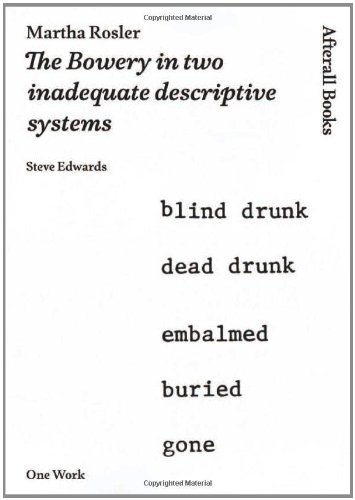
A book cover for Martha Rosler: The Bowery in two inadequate descriptive systems (AFTERALL); Steve Edwards; Arts & Photography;